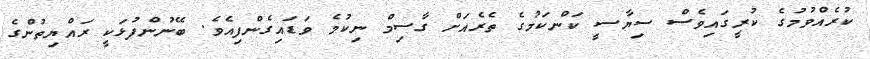
ކުރެއްވުމުގެ ކުރީގައިވެސް ސިޔާސީ ކަންކަމުގެ ތެރެއަށް ގާސިމް ނިކުމެ ވަޑައިގެންފިއެވެ. ބޭނުންފުޅަކީ ރައްޔިތުންގެ